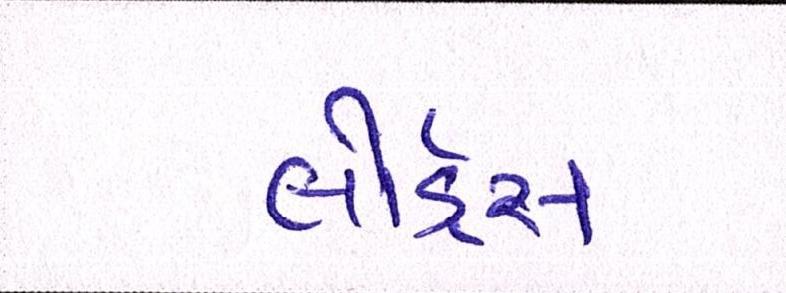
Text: લોર્ડ્સ